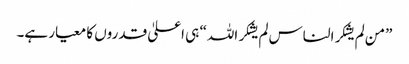
”من لم یشکر الناس لم یشکر اللہ“ ہی اعلیٰ قدروں کا معیار ہے۔